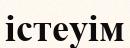
істеуім